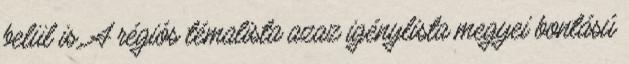
belül is. A régiós témalista azaz igénylista megyei bontású